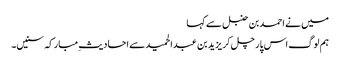
میں نے احمد بن حنبل سے کہا
ہم لوگ اس پار چل کر یزید بن عبدالحمید سے احادیثِ مبارکہ سنیں۔